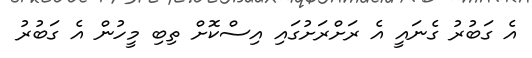
އެ ގަބުރު ގެނައީ އެ ރަށްރަށުގައި އިސްކޮށް ތިބި މީހުން އެ ގަބުރު